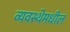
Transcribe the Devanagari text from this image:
व्यवस्थेमधील